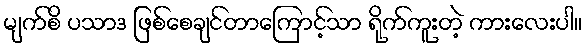
မျက်စိ ပသာဒ ဖြစ်စေချင်တာကြောင့်သာ ရိုက်ကူးတဲ့ ကားလေးပါ။